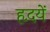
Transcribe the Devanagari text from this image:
हृदयें